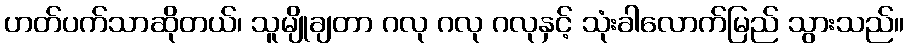
ဟတ်ပက်သာဆိုတယ်၊ သူမျိုချတာ ဂလု ဂလု ဂလုနှင့် သုံးခါလောက်မြည် သွားသည်။